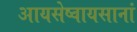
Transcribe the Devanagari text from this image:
आयसेष्वायसानां